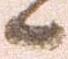
候